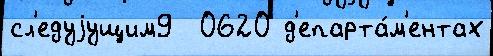
сл'едуjущим9  0620 д'епарта́м'ентах